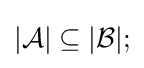
|{\mathcal {A}}|\subseteq |{\mathcal {B}}|;